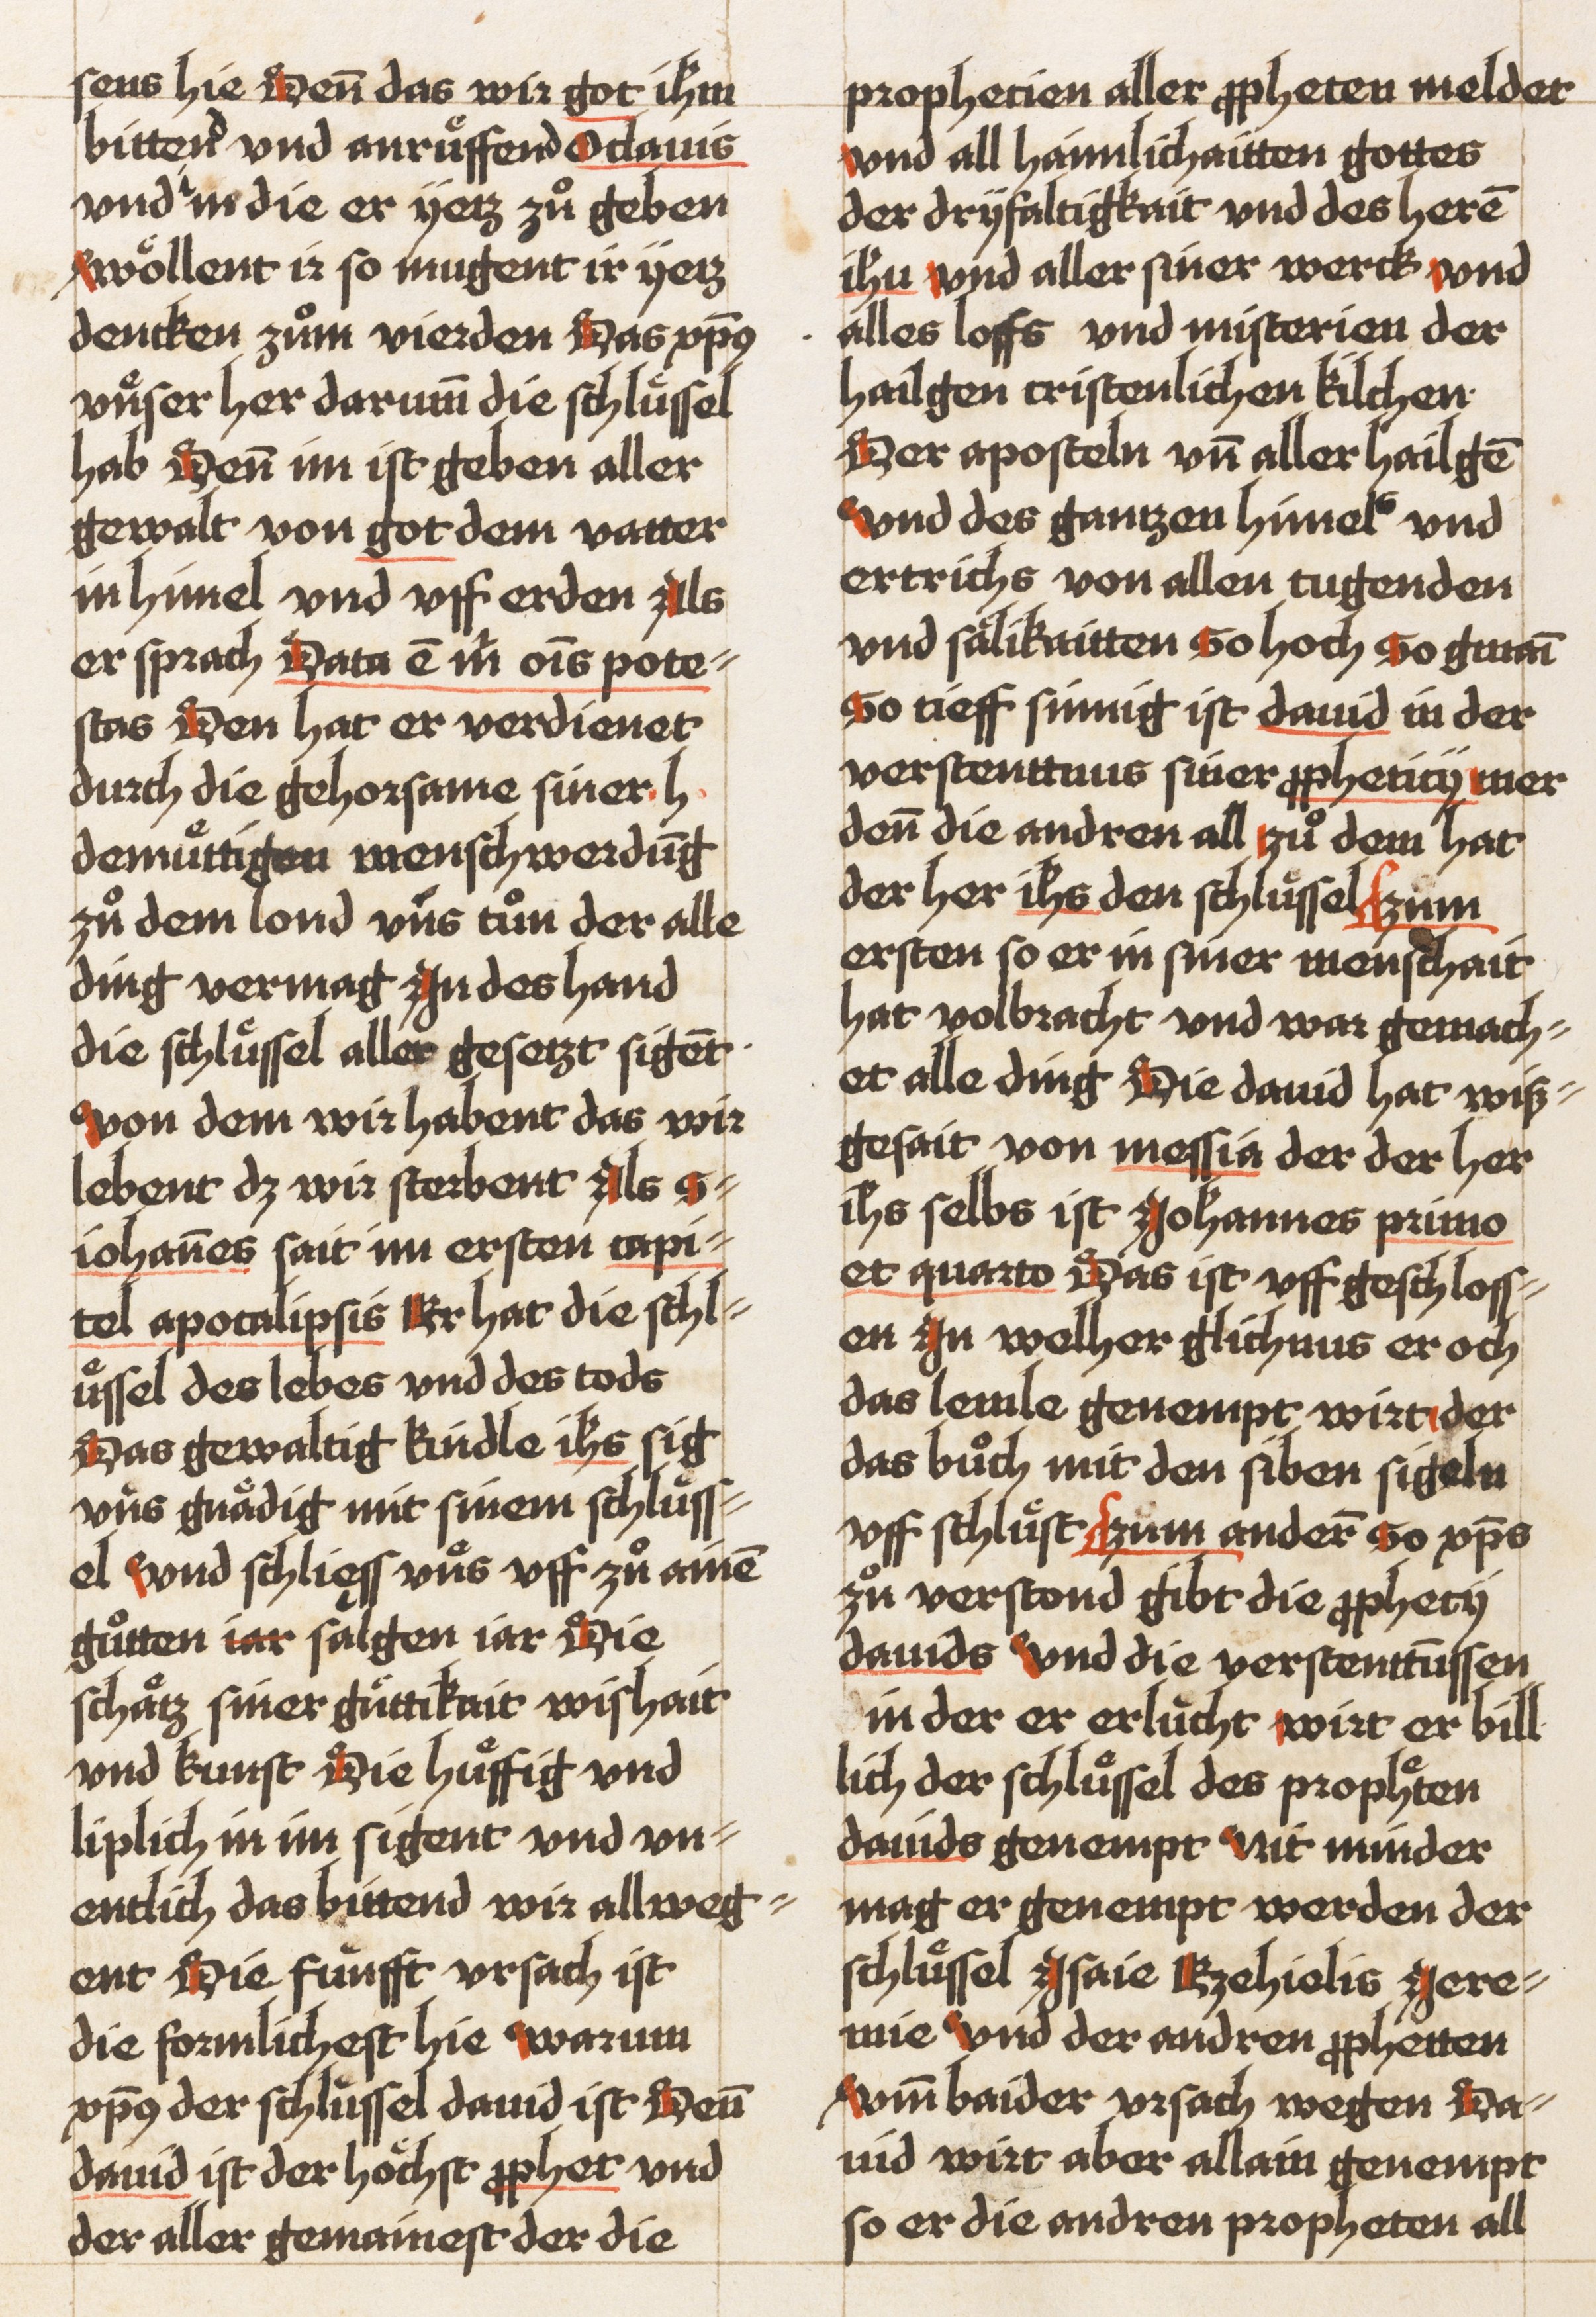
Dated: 1521–1522